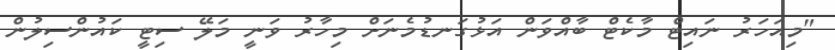
"މިއަހަރު ނައިޓް މާކެޓް ބާއްވަން އަޅުގަނޑުމެނަށް މިހާރު ވަނީ މަލޭ ސިޓީ ކައުންސިލުން